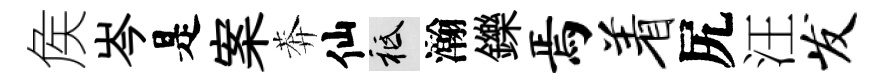
矦岑是案莾仙祇瀚鑠焉着尻汪发